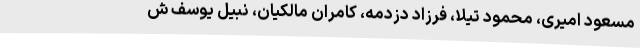
مسعود امیری، محمود تیلا، فرزاد دزدمه، کامران مالکیان، نبیل یوسف ش